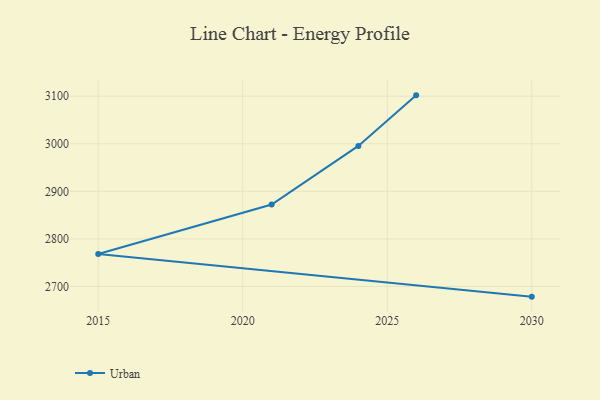
{"axis": {"x": "Year", "y": "Page Views"}, "legend": ["Urban"], "data": [{"x": "2026", "y": 3101.7, "type": "Urban"}, {"x": "2024", "y": 2995.4, "type": "Urban"}, {"x": "2021", "y": 2872.2, "type": "Urban"}, {"x": "2015", "y": 2768.2, "type": "Urban"}, {"x": "2030", "y": 2678.6, "type": "Urban"}]}